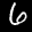
Label: 6